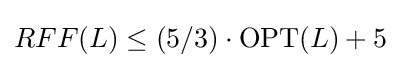
RFF(L)\leq (5/3)\cdot \mathrm {OPT} (L)+5